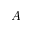
A